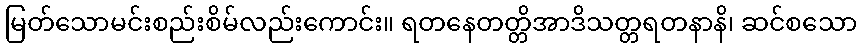
မြတ်သောမင်းစည်းစိမ်လည်းကောင်း။ ရတနေတတ္တိအာဒိသတ္တရတနာနိ၊ ဆင်စသော